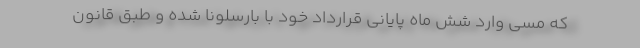
که مسی وارد شش ماه پایانی قرارداد خود با بارسلونا شده و طبق قانون